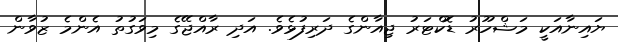
ޔައިނާއަކީ މަޝްހޫރު ޑޮކްޓަރު ޖިއާންގެ ދަރިފުޅެވެ. އަދި ރާއްޖޭގެ މިވަގުތު އެންމެ ޒުވާން